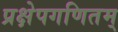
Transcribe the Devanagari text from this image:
प्रक्षेपगणितम्